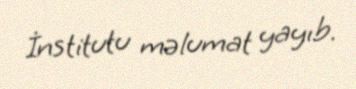
İnstitutu məlumat yayıb.